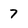
Character: 7